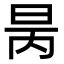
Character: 昺